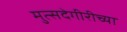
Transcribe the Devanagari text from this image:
मुत्सदेगीरीच्या